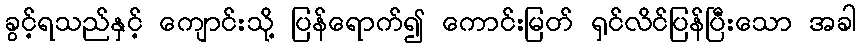
ခွင့်ရသည်နှင့် ကျောင်းသို့ ပြန်ရောက်၍ ကောင်းမြတ် ရှင်လိင်ပြန်ပြီးသော အခါ